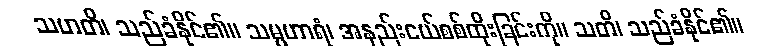
သဟတိ၊ သည်ခံနိုင်၏။ သမ္ပဟာရံ၊ အနည်းငယ်စစ်ထိုးခြင်းကို။ သတိ၊ သည်ခံနိုင်၏။